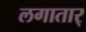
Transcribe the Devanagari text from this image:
लगातार्